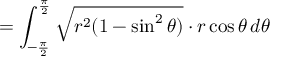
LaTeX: = \int _ { - { \frac { \pi } { 2 } } } ^ { \frac { \pi } { 2 } } { \sqrt { r ^ { 2 } ( 1 - \sin ^ { 2 } \theta ) } } \cdot r \cos \theta \, d \theta